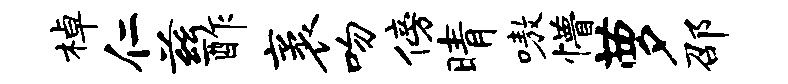
棹仁兹酢袤吻傍晴嗷懵萝邵